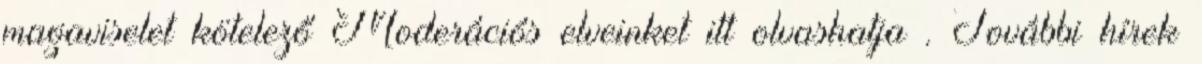
magaviselet kötelező Moderációs elveinket itt olvashatja . További hírek